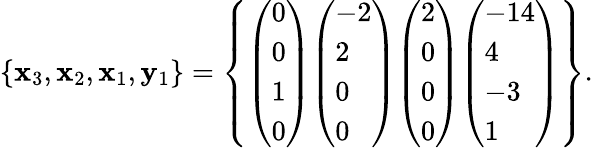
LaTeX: \left\{ \mathbf{x}_{3},\mathbf{x}_{2},\mathbf{x}_{1},\mathbf{y}_{1}\right\} =\left\{ {\left(\begin{array}{l}{0}\\ {0}\\ {1}\\ {0}\end{array}\right)}{\left(\begin{array}{l}{-2}\\ {2}\\ {0}\\ {0}\end{array}\right)}{\left(\begin{array}{l}{2}\\ {0}\\ {0}\\ {0}\end{array}\right)}{\left(\begin{array}{l}{-14}\\ {4}\\ {-3}\\ {1}\end{array}\right)}\right\} .